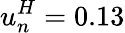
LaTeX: u_{n}^{H}=0.13